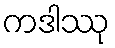
ကဒါဿု